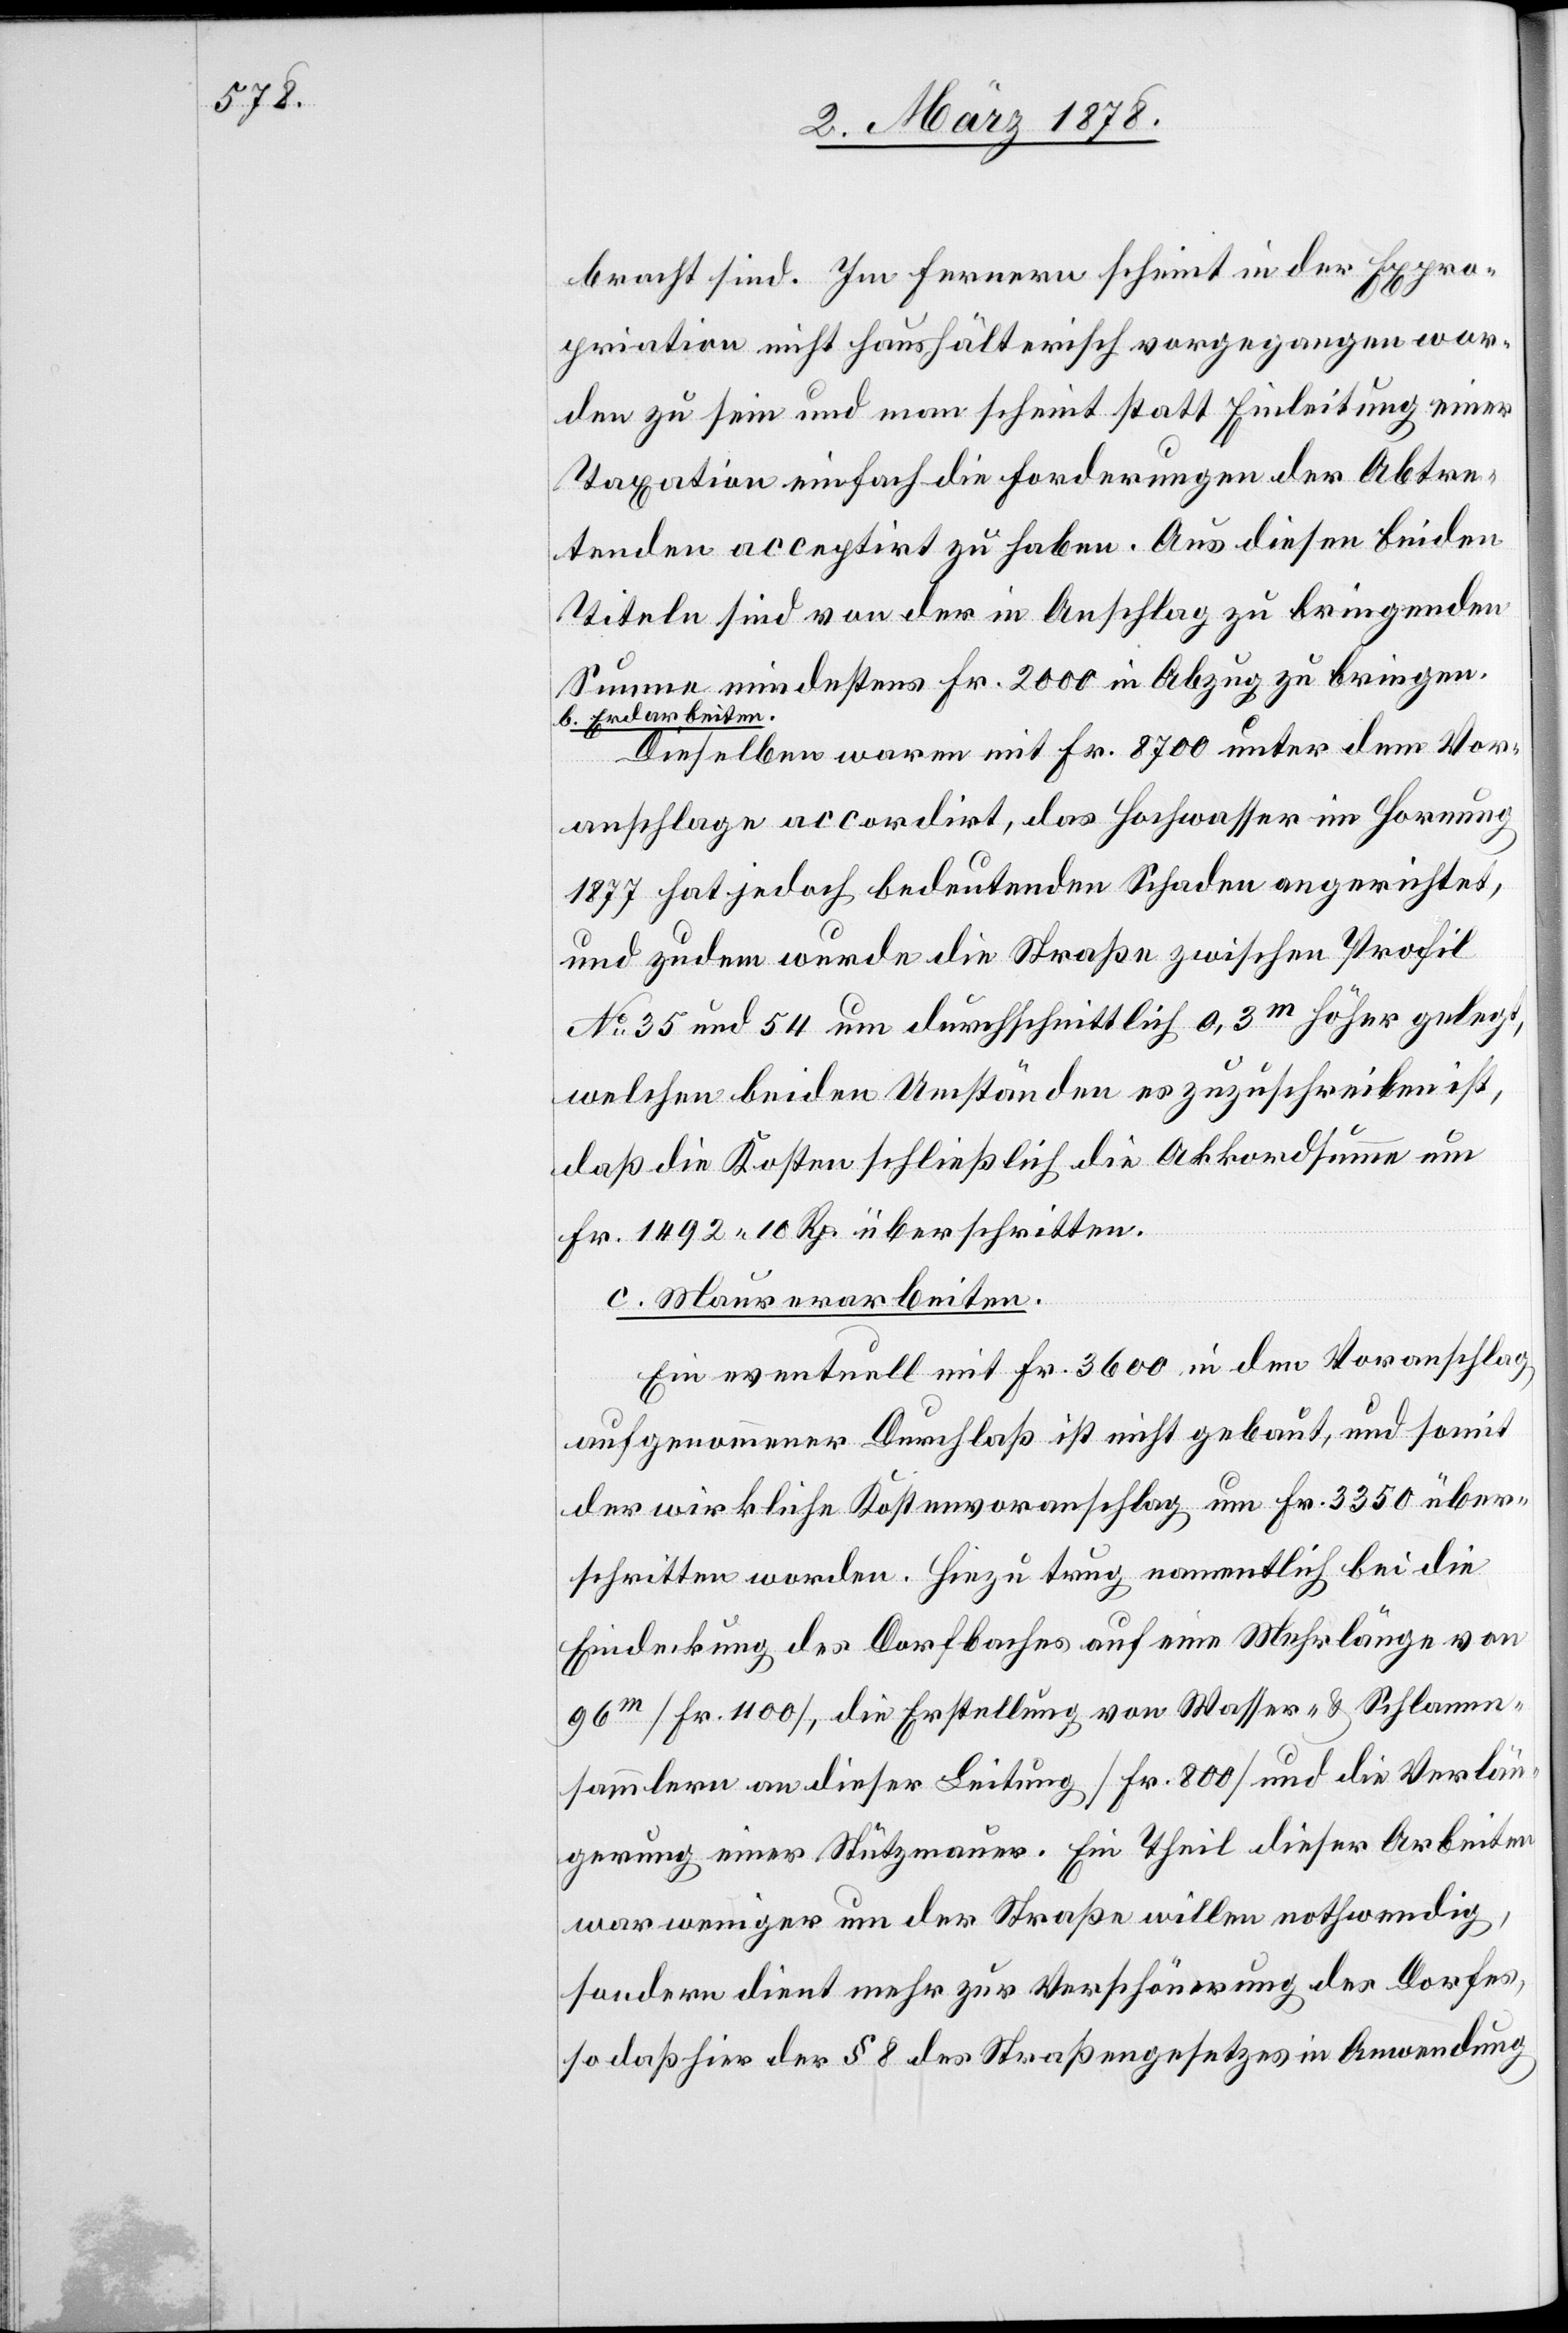
bracht sind. Im fernern scheint in der Expro¬
priation nicht haushälterisch vorgegangen wor¬
den zu sein und man scheint statt Einleitung einer
Taxation einfach die Forderungen der Abtre¬
tenden acceptirt zu haben. Aus diesen beiden
Titeln sind von der in Anschlag zu bringenden
Summe mindestens Fr. 2000 in Abzug zu bringen.
b. Erdarbeiten.
Dieselben waren mit Fr. 8700 unter dem Vor¬
anschlage accordirt, das Hochwasser im Hornung
1877 hat jedoch bedeutenden Schaden angerichtet,
und zudem wurde die Straße zwischen Profil
No 35 und 54 um durchschnittlich 0,3m höher gelegt,
welchen beiden Umständen es zuzuschreiben ist,
daß die Kosten schließlich die Akkordsumme um
Fr. 1492. 10 Rp. überschritten.
c. Maurerarbeiten.
Ein eventuell mit Fr. 3600 in den Voranschlag
aufgenommener Durchlaß ist nicht gebaut, und somit
der wirkliche Kostenvoranschlag um Fr. 3350 über¬
schritten worden. Hiezu trug namentlich bei die
Eindeckung des Dorfbaches auf eine Mehrlänge von
96m (Fr. 1100), die Erstellung von Wasser- & Schlamm¬
sammlern an dieser Leitung (Fr. 800) und die Verlän¬
gerung einer Stützmauer. Ein Theil dieser Arbeiten
war weniger um der Straße willen nothwendig,
sondern dient mehr zur Verschönerung des Dorfes,
so daß hier der § 8 des Straßengesetzes in Anwendung